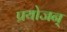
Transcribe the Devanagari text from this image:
प्रयोजन्